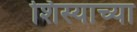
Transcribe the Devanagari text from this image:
शिस्याच्या